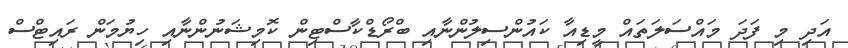
އަދި މި ފަދަ މައްސަލަތައް މީޑިއާ ކައުންސިލުންނާއި ބްރޯޑްކާސްޓިން ކޮމިޝަނުންނާއި ހިޔުމަން ރައިޓްސް